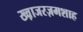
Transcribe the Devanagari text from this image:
ख्व़ाजरज़मशाह